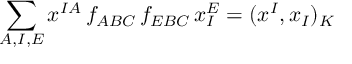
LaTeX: \sum _ { A , I , E } x ^ { I A } \, f _ { A B C } \, f _ { E B C } \, x _ { I } ^ { E } = ( x ^ { I } , x _ { I } ) _ { K }